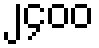
၂၄၀၀